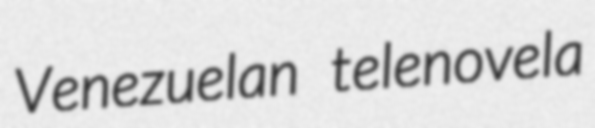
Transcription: Venezuelan telenovela